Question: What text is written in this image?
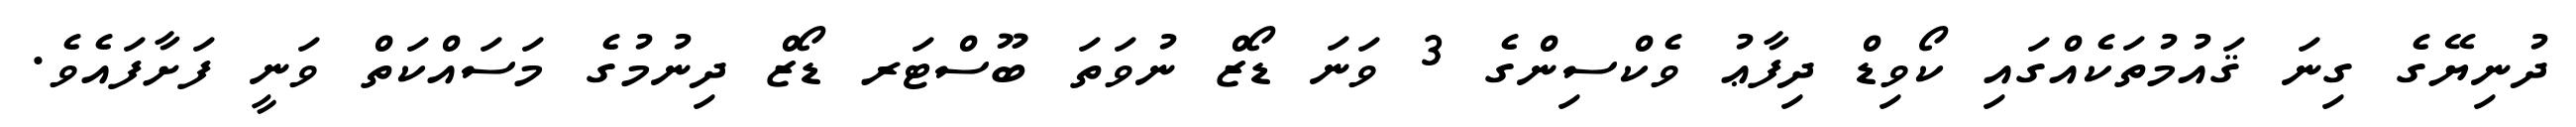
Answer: ދުނިޔޭގެ ގިނަ ޤައުމުތަކެއްގައި ކޯވިޑް ދިފާޢު ވެކްސިންގެ 3 ވަނަ ޑޯޒް ނުވަތަ ބޫސްޓަރ ޑޯޒް ދިނުމުގެ މަސައްކަތް ވަނީ ފަށާފައެވެ.